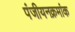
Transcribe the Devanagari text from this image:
पंजीयनक्रमांक